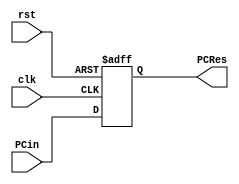
module PC(
    PCin,
    PCRes,
    clk,
    rst
);
    input clk, rst;
    input [31:0] PCin;
    output reg[31:0] PCRes;

    always@(posedge clk or posedge rst) begin
        if (rst) 
            PCRes <= 32'h0;
        else 
            PCRes <= PCin;
    end

endmodule